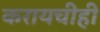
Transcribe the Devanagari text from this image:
करायचीही